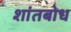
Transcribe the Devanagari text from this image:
शांतबोध